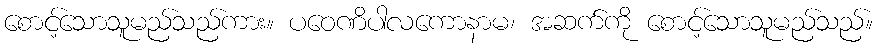
စောင့်သောသူမည်သည်ကား။ ပဝေဏိပါလကောနာမ၊ အဆက်ကို စောင့်သောသူမည်သည်။